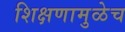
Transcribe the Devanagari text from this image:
शिक्षणामुळेच